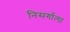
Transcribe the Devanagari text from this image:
निसर्गाला